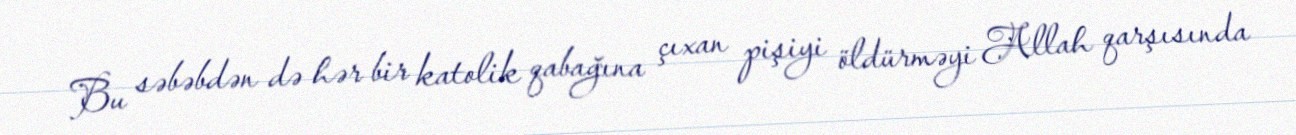
Bu səbəbdən də hər bir katolik qabağına çıxan pişiyi öldürməyi Allah qarşısında